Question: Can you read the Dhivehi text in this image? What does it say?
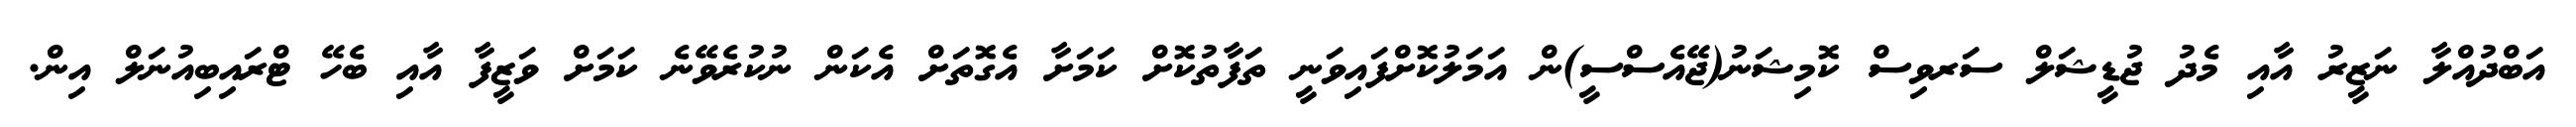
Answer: އަބްދުއްލާ ނަޒީރު އާއި މެދު ޖުޑީޝަލް ސަރވިސް ކޮމިޝަނު(ޖޭއެސްސީ)ން އަމަލުކޮށްފައިވަނީ ތަފާތުކޮށް ކަމަށާ އެގޮތަށް އެކަން ނުކުރެވޭނެ ކަމަށް ވަޒީފާ އާއި ބެހޭ ޓްރައިބިއުނަލް އިން.